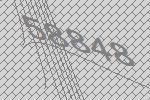
58848